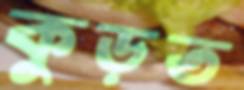
কুড়ত